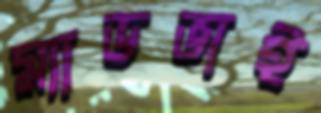
ম্যাডভাই